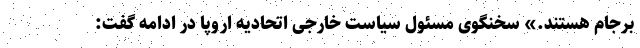
برجام هستند.» سخنگوی مسئول سیاست خارجی اتحادیه اروپا در ادامه گفت: